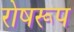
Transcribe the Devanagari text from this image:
रोषरूप